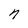
Character: n